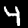
Label: 4